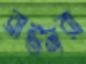
ব্রাউনরা